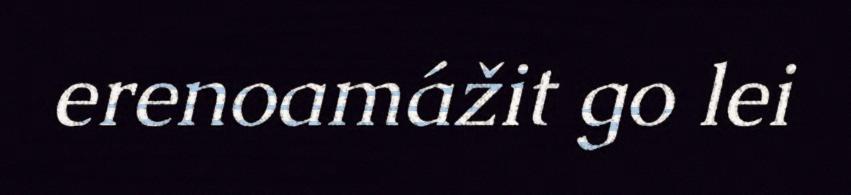
erenoamážit go lei